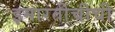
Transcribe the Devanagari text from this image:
इमारतीचीची